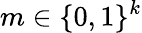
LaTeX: m\in\{ 0,1\} ^{k}